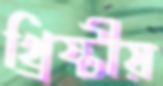
খ্রিষ্টীয়